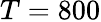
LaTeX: T=800